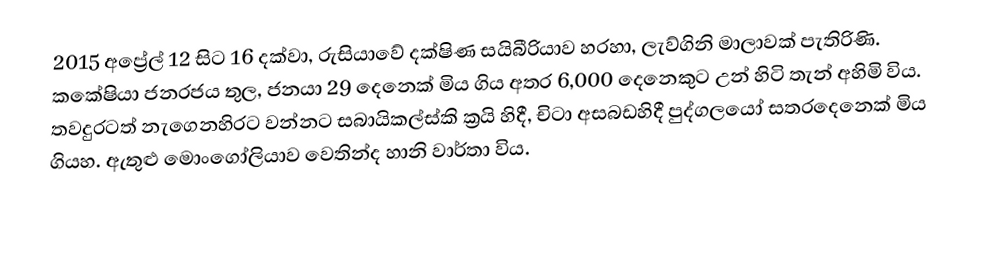
2015 අප්‍රේල් 12 සිට 16 දක්වා, රුසියාවේ  දක්ෂිණ සයිබීරියාව හරහා, ලැව්ගිනි මාලාවක් පැතිරිණි.  කකේෂියා ජනරජය තුල, ජනයා 29 දෙනෙක් මිය ගිය අතර 6,000 දෙනෙකුට උන් හිටි තැන් අහිමි විය. තවදුරටත් නැගෙනහිරට වන්නට සබායිකල්ස්කි ක්‍රයි හිදී, චිටා අසබඩහිදී පුද්ගලයෝ සතරදෙනෙක් මිය ගියහ. ඇතුළු මොංගෝලියාව වෙතින්ද හානි වාර්තා විය.